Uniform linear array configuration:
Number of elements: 12
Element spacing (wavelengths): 1
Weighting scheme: blackman
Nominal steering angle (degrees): -60
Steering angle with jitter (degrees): -60.788
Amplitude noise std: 0.05
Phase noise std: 0.05

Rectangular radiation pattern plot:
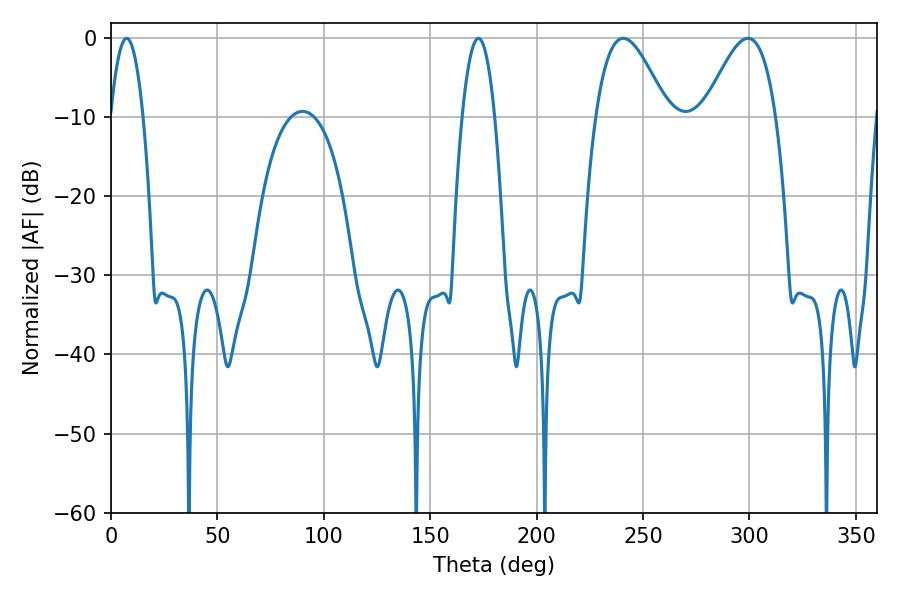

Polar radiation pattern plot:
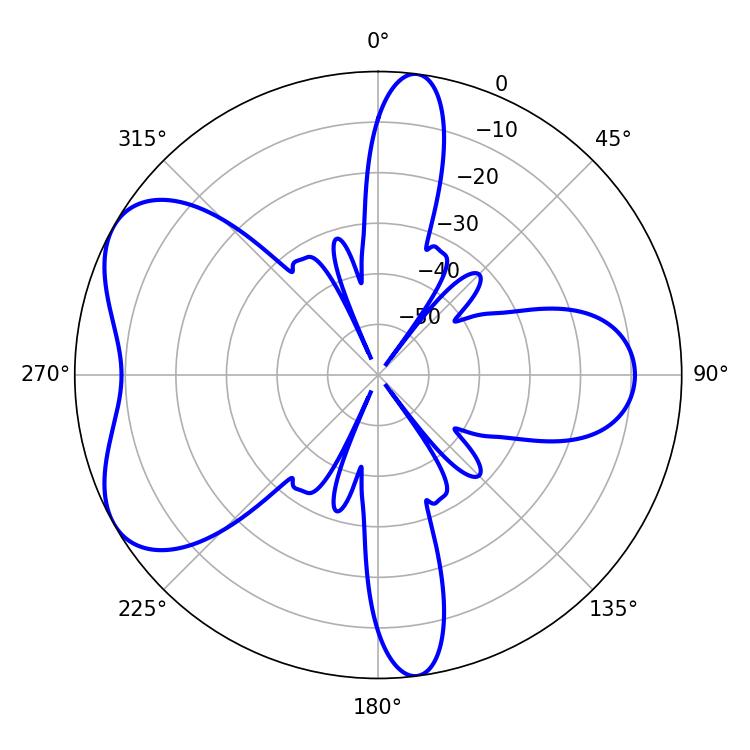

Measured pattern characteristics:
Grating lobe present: TRUE
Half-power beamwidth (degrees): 18.18
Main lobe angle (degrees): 240.66